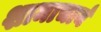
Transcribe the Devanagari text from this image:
शामाचार्य